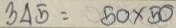
345 = 50 x 50